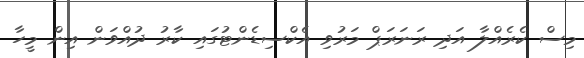
މިސް ކެރެއްލާ އަދި ރަނަރަޕް މަރުވި އެކްސިޑެންޓުގައި ކާރު ދުއްވަން އިން މީހާ